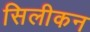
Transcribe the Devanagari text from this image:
सिलीकन